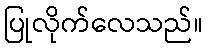
ပြုလိုက်လေသည်။